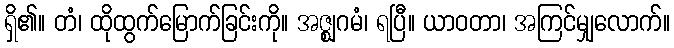
ရှိ၏။ တံ၊ ထိုထွက်မြောက်ခြင်းကို။ အဇ္ဈဂမံ၊ ရပြီ။ ယာဝတာ၊ အကြင်မျှလောက်။